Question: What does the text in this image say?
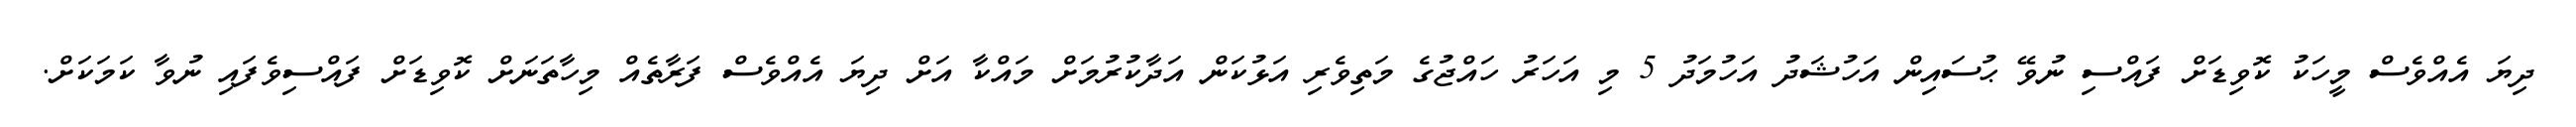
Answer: ދިޔަ އެއްވެސް މީހަކު ކޮވިޑަށް ފައްސި ނުވޭ ޙުސައިން އަހުޝަދު އަހުމަދު 5 މި އަހަރު ހައްޖުގެ މަތިވެރި އަޅުކަން އަދާކުރުމަށް މައްކާ އަށް ދިޔަ އެއްވެސް ފަރާތެއް މިހާތަނަށް ކޮވިޑަށް ފައްސިވެފައި ނުވާ ކަމަކަށް.